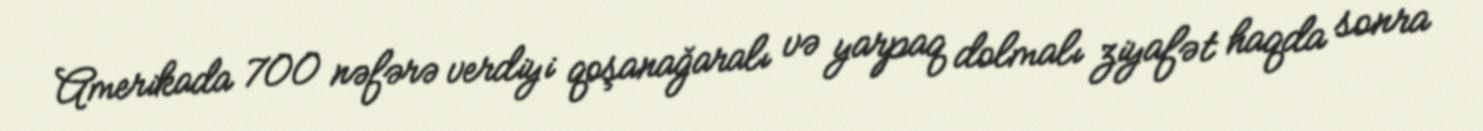
Amerikada 700 nəfərə verdiyi qoşanağaralı və yarpaq dolmalı ziyafət haqda sonra